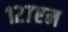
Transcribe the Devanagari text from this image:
१२७एम